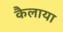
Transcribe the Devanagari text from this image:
कैलाया